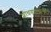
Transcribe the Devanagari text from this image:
शोधयादीमध्ये